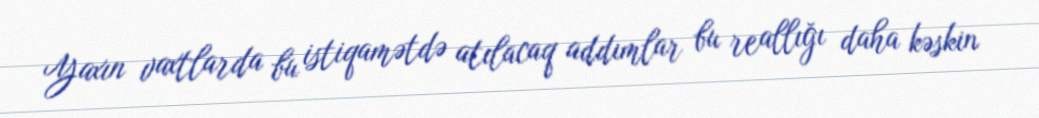
Yaxın vaxtlarda bu istiqamətdə atılacaq addımlar bu reallığı daha kəskin